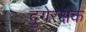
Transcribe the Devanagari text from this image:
दुगेरक्षक